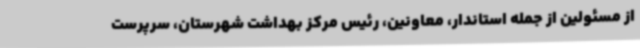
از مسئولین از جمله استاندار، معاونین، رئیس مرکز بهداشت شهرستان، سرپرست